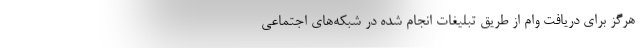
هرگز برای دریافت وام از طریق تبلیغات انجام شده در شبکه‌های اجتماعی